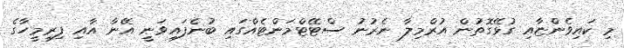
މި ކައިވެންޏާއި ގުޅޭގޮތުން އުރްމިލާ ނެރުނު ސްޓޭޓްމަންޓެއްގައި ބުނެފައިވަނީ އޭނާ އާއި ފިރިމީހާގެ